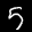
Label: 5